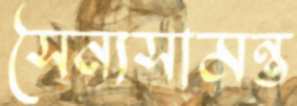
সৈন্যসামন্ত